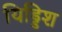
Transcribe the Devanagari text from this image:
यिड्डिश